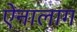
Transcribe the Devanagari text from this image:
ऐनालाग